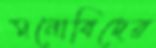
মনোবিদের